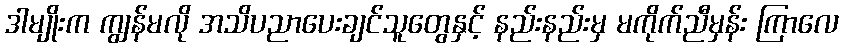
ဒါမျိုးက ကျွန်မလို အသိပညာပေးချင်သူတွေနှင့် နည်းနည်းမှ မကိုက်ညီမှန်း ကြာလေ